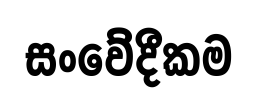
සංවේදීකම